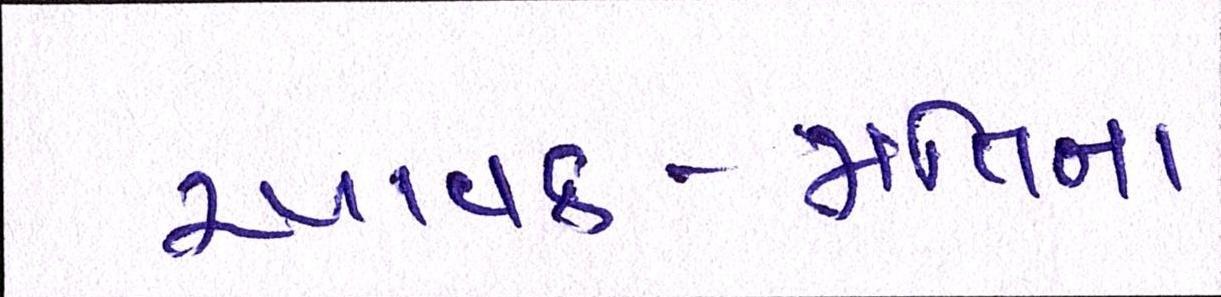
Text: આવક-જાતિના